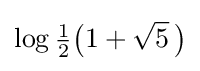
\log {\tfrac {1}{2}}{\bigl (}1+{\sqrt {5}}~\!{\bigr )}